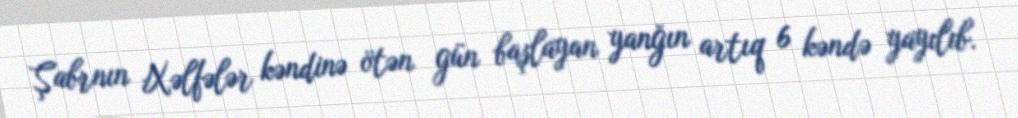
Şabrnın Xəlfələr kəndinə ötən gün başlayan yanğın artıq 6 kəndə yayılıb.